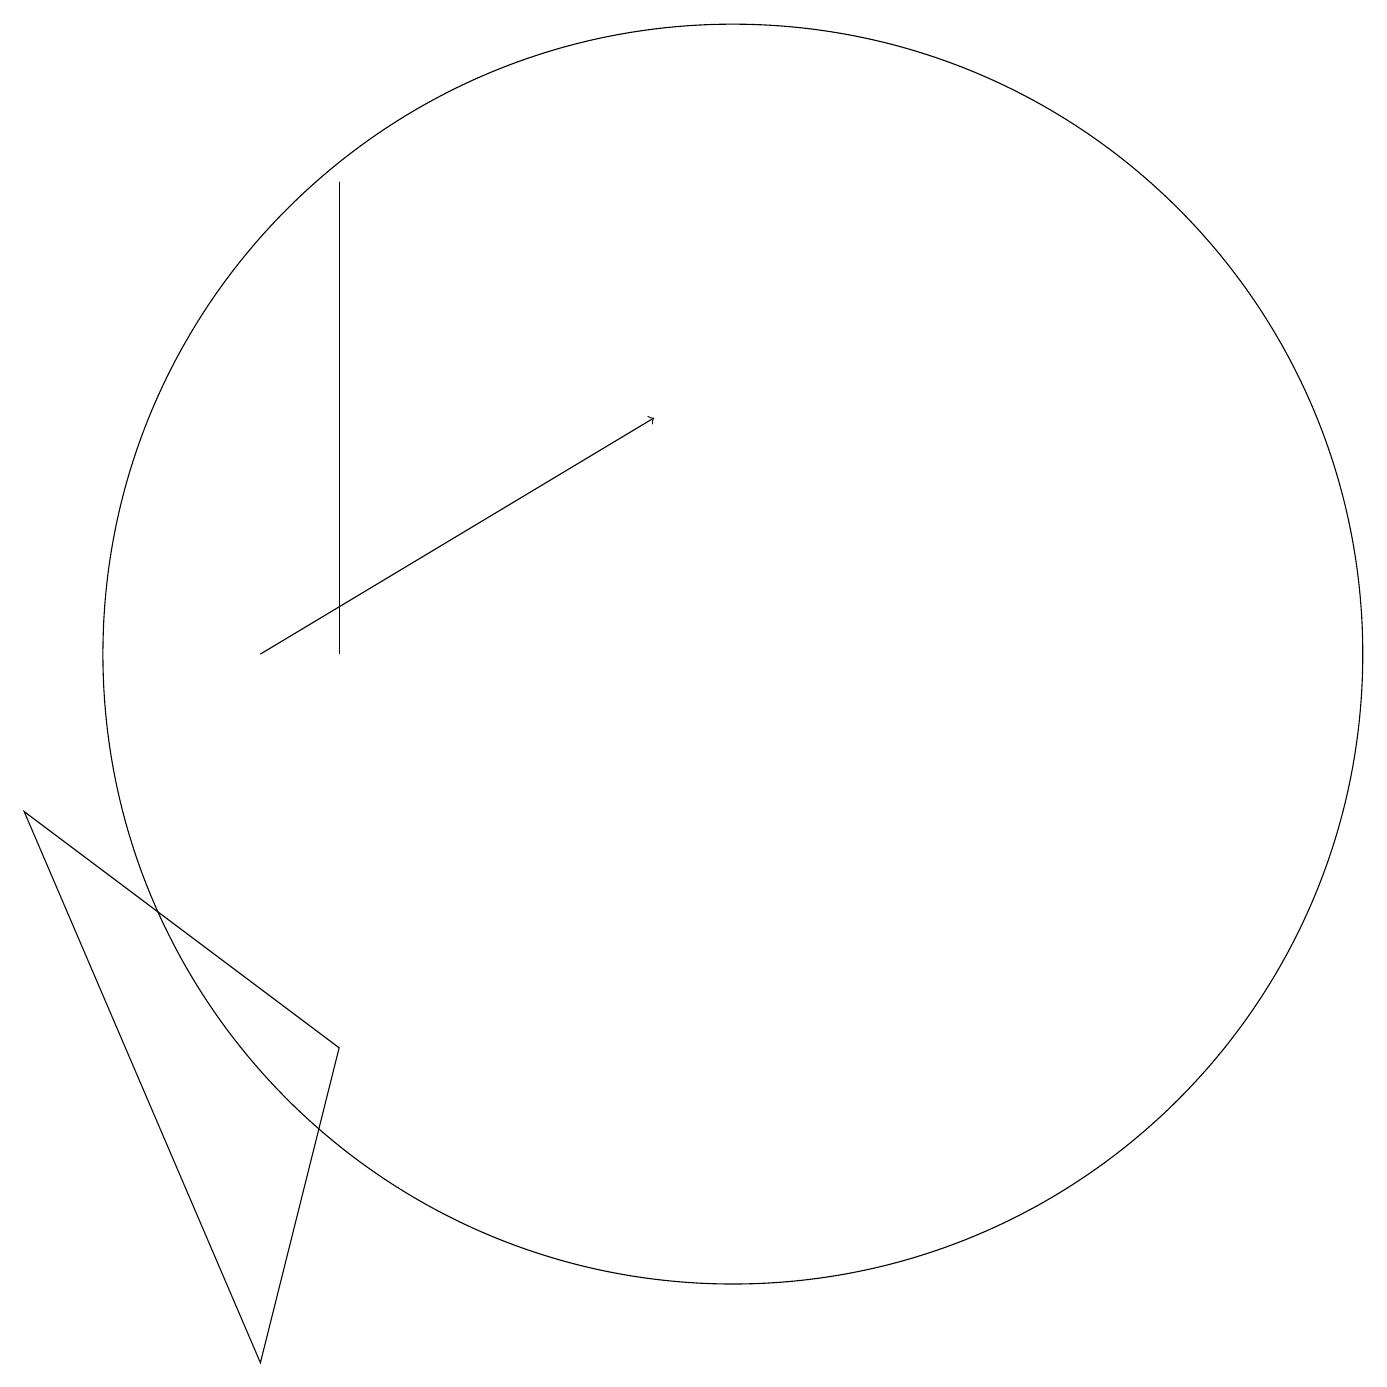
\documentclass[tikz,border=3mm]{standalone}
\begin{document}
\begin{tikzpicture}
\draw[->] (4,11) -- (9,14);
\draw (10,11) circle (8);
\draw (5,11) rectangle (5,17);
\draw (4,2) -- (1,9) -- (5,6) -- cycle;
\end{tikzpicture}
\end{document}